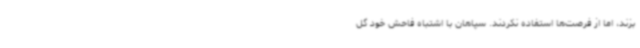
بزند، اما از فرصت‌ها استفاده نکردند. سپاهان با اشتباه فاحش خود گل